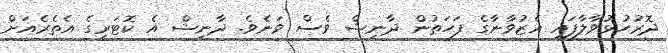
ދޮރުހުޅުވާލާފައި އެޒުވާނާގެ ފަހަތުން ދާނިޝް ވެސް ވަނެވެ. ދާނިޝް އެ ކޮޓަރީގެ އެތެރެއަށް